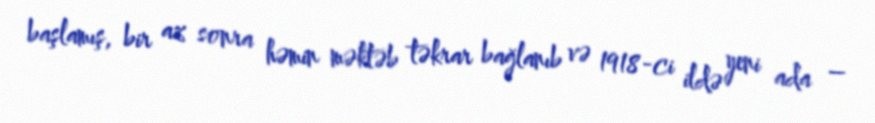
başlamış, bir az sonra həmin məktəb təkrar bağlanıb və 1918-ci ildə yeni ada –